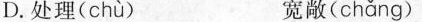
D.处理( chù ) 宽敞( chǎng )